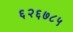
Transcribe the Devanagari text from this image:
६२६७८५